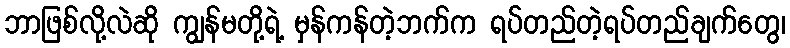
ဘာဖြစ်လို့လဲဆို ကျွန်မတို့ရဲ့ မှန်ကန်တဲ့ဘက်က ရပ်တည်တဲ့ရပ်တည်ချက်တွေ၊